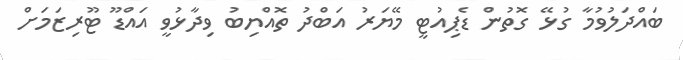
ބައްދަލުވުމާ ގުޅޭ ގޮތުން ޑެޕިއުޓީ މޭޔަރު އަބްދު ތޮއްޔިބު ވިދާޅުވީ އައްޑޫ ޓޫރިޒަމަށް